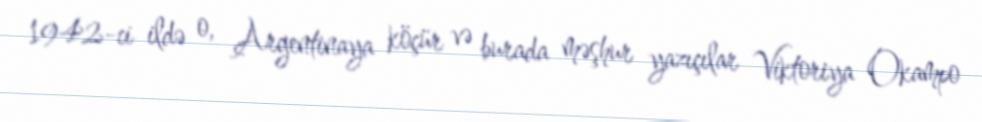
1942-ci ildə o, Argentinaya köçür və burada məşhur yazıçılar Viktoriya Okampo